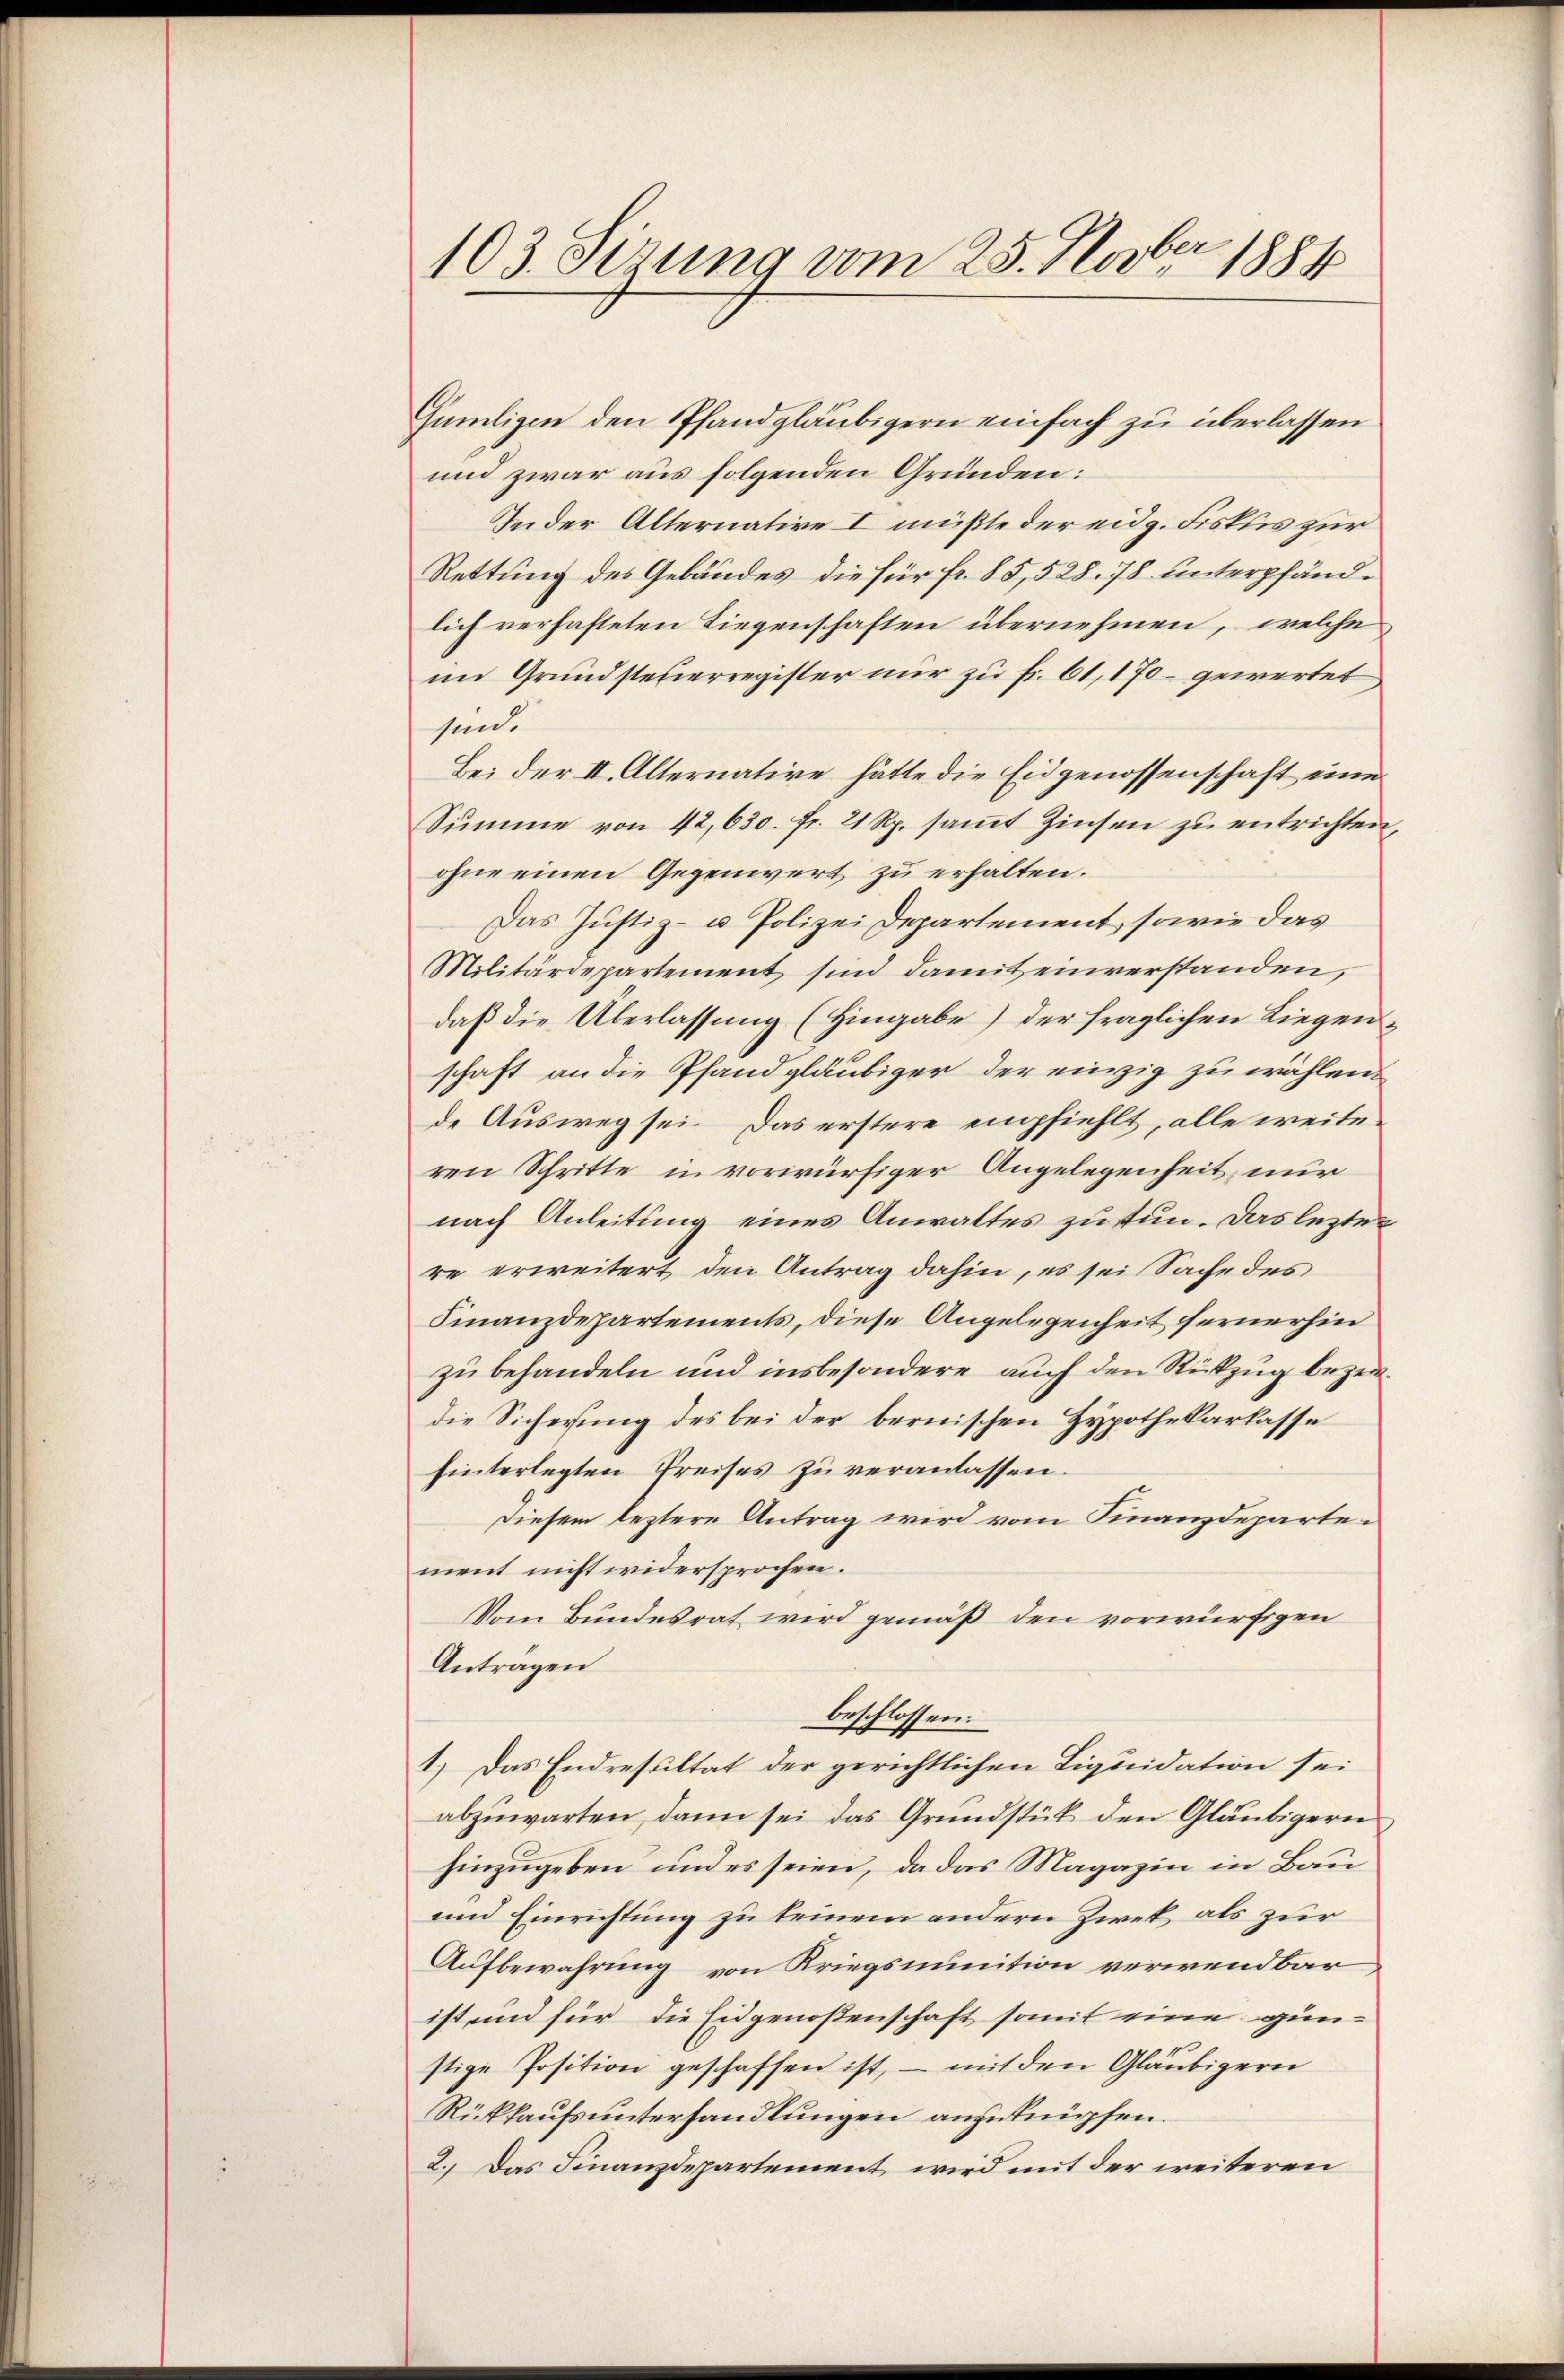
103. Sirung vom 25. Nober 1884

Gümligen den Pfandgläubigern einfach zu überlassen
und zwar aus folgenden Gründen:
Jeder Alternative I müßte der eidg. Fiskus zur
Rettung des Gebäudes die für fr. 85, 528. 78 unterpfändlich verhafteten Liegenschaften übernehmen, welche
im Grundsteuerregister nur zu fr. 61, 170 - gewertet
sind.
Bei der II. Alternative hätte die Eidgenossenschaft ein
Summe von 42, 630. fr. 21 Rp. sammt Zinsen zu entrichten,
ohne einen Gegenwert zu erhalten.
Das Justiz- u. Polizei Departement, sowie das
Militärdepartement sind damit einverstanden,
daß die Überlassung (Hingabe) der fraglichen Liegenschaft an die Pfandgläubiger der einzig zu wählend
de Ausweg sei. Das erstere empfiehlt, alle weite
ren Schritte in vorwürfiger Angelegenheit nur
nach Anleitung eines Anwaltes zu tun. Das lezter
re erweitert den Antrag dahin, es sei Sache des
Finanzdepartements, diese Angelegenheit fernerhin
zu behandeln und insbesondere auch den Rückzug bezeigdie Sicherung des bei der bernischen Hypothekarkasse
hinterlegten Preises zŭ veranlassen.
Diesem leztere Antrag wird vom Finanzdepartement nicht widersprochen.
Vom Bundesrat wird gemäß den vorwürfigen
Anträgen
beschlossen:
1.) Das Endresultat der gerichtlichen Liquidation sei
abzuwarten, dann sei das Grundstät den Gläubigern
hinzugeben und es seien, da das Magazin in Bau¬
und Einrichtung zu keinem andern Zwek als zur
Aufbewahrung von Kriegsmunition verwendbar
ist und für die Eidgenoßenschaft somit eine günstige Position geschaffen ist, – mit den Gläubigern
Rückkaufsunterhandlungen anzuknüpfen.
2. Das Finanzdepartement wird mit der weiteren